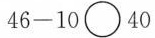
$$4 6 - 1 0 \circ 4 0$$